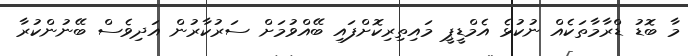
މާ ބޮޑު ޑްރާމާތަކެއް ނުކުޅެ އެމްޑީޕީ މައިތިރިކޮށްފައި ބޭއްވުމަށް ސަރުކާރުން އަދިވެސް ބޭނުންކުރާ